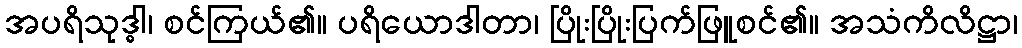
အပရိသုဒ္ဓါ၊ စင်ကြယ်၏။ ပရိယောဒါတာ၊ ပြိုးပြိုးပြက်ဖြူစင်၏။ အသံကိလိဋ္ဌာ၊